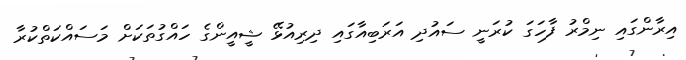
އިރާންގައި ނިމްރު ފާހަގަ ކުރަނީ ސައުދި އަރަބިއާގައި ދިރިއުޅޭ ޝީއީންގެ ހައްގުތަކަށް މަސައްކަތްކުރާ